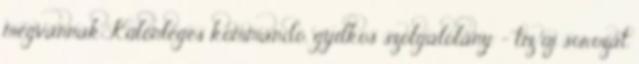
megvannak Különleges kommandó, gyilkos szolgálólány - tíz új sorozat